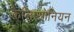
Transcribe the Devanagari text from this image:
कैलिप्सोनियन